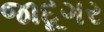
જાદૂગર